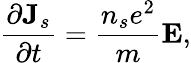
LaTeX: \frac{\partial{\mathbf J}_{s}}{\partial t}=\frac{n_{s}e^{2}}{m}{\mathbf E},